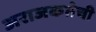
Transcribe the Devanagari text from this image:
अराजकतेची